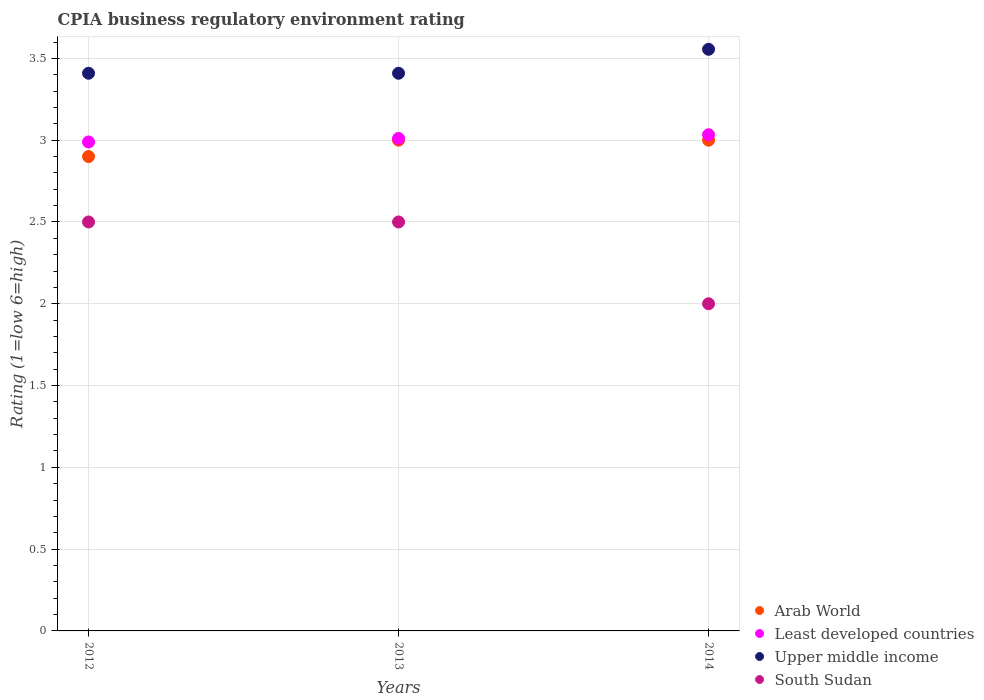
| Years | Arab World | Least developed countries | Upper middle income | South Sudan |
 | --- | --- | --- | --- | --- |
 | 2012 | 2.9 | 2.99 | 3.41 | 2.5 |
 | 2013 | 3 | 3.01 | 3.41 | 2.5 |
 | 2014 | 3 | 3.03 | 3.56 | 2 |